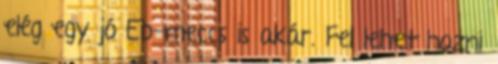
elég egy jó Eb-meccs is akár. Fel lehet hozni